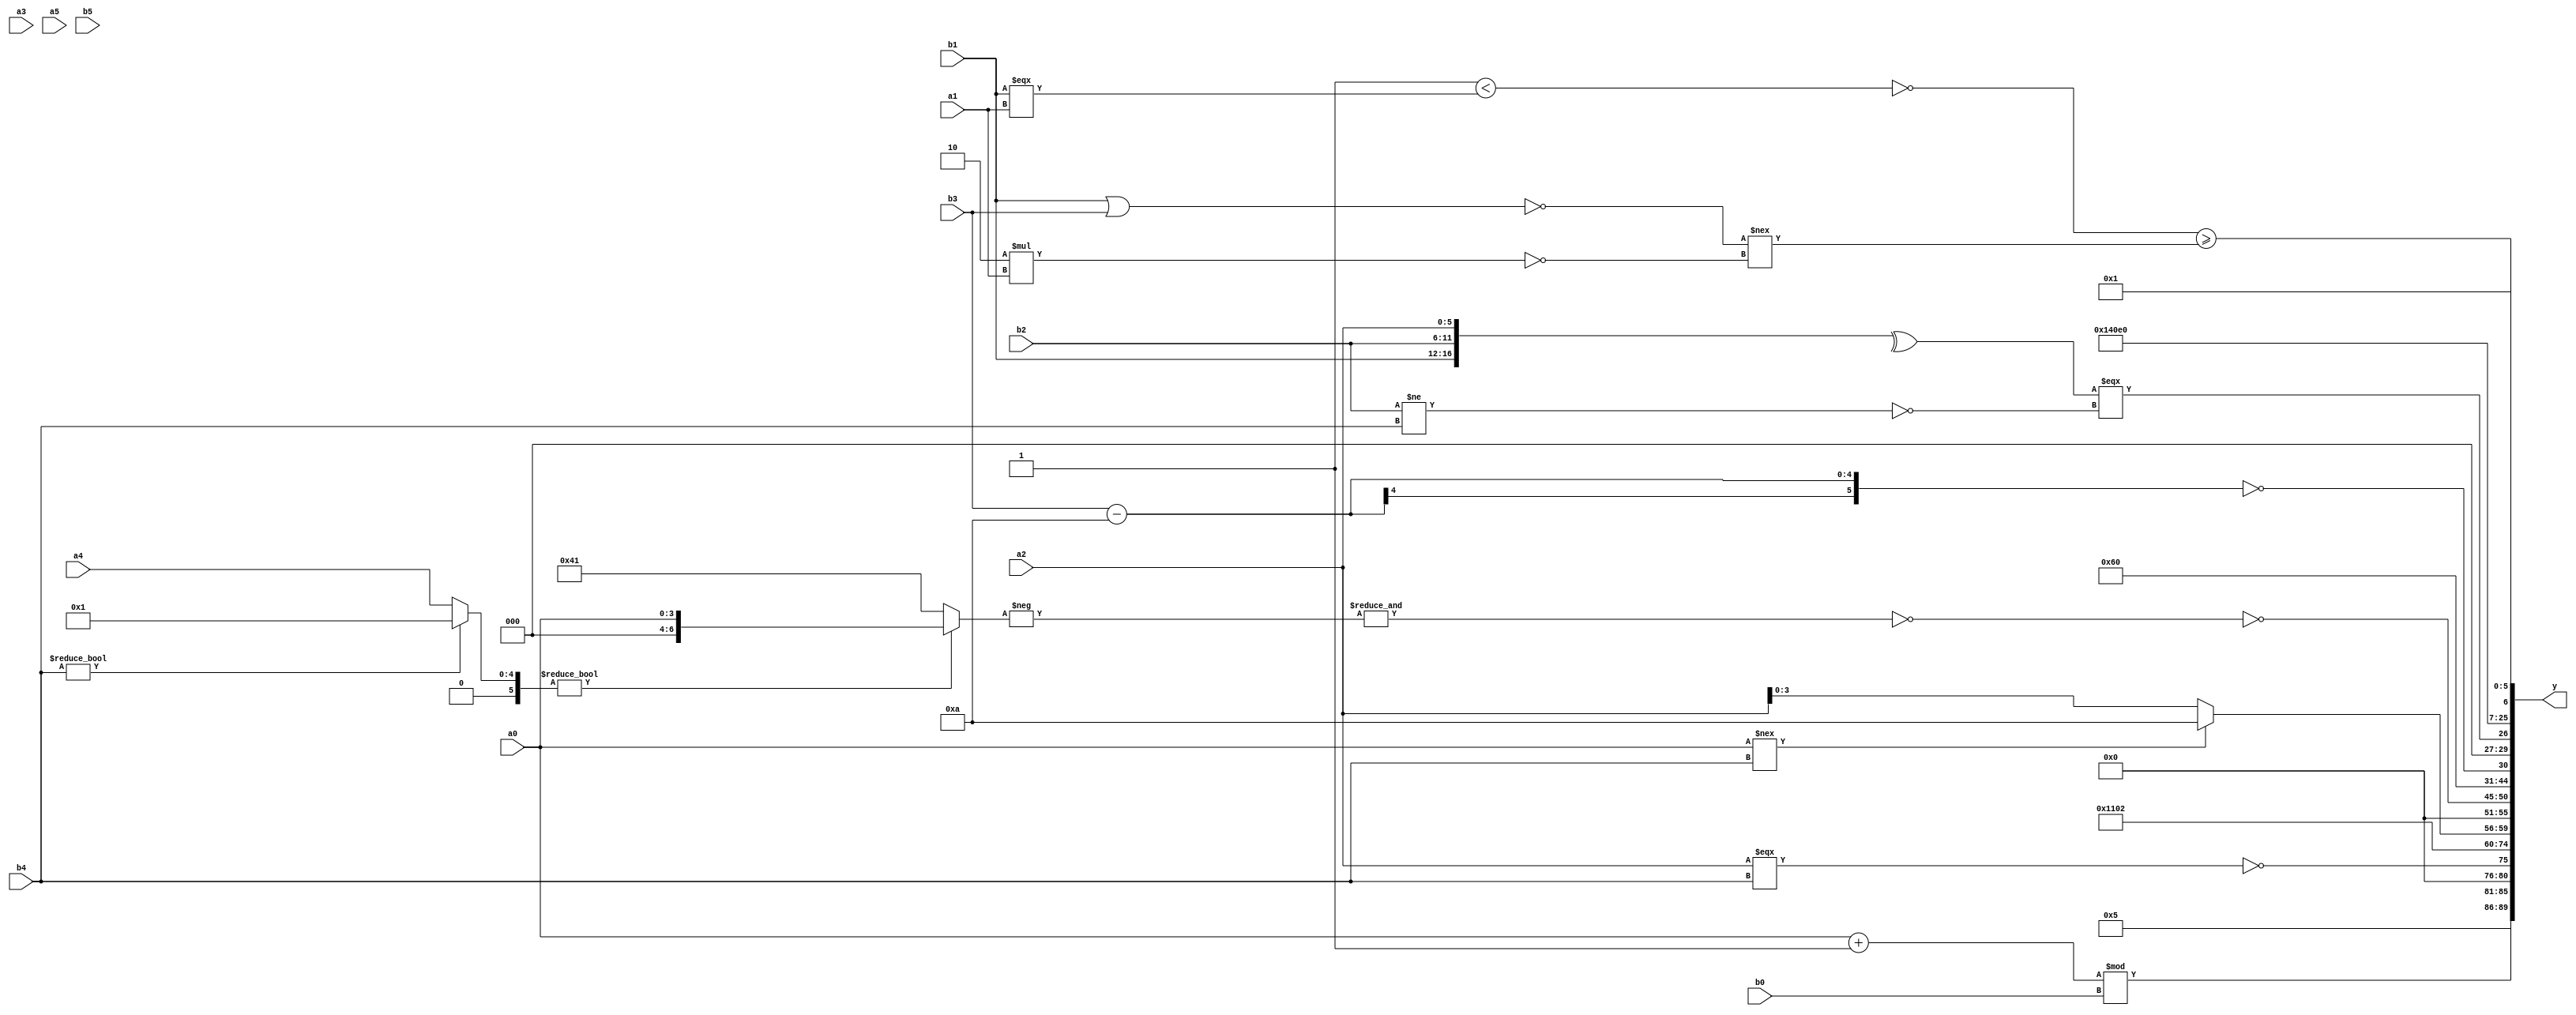
module expression_00374(a0, a1, a2, a3, a4, a5, b0, b1, b2, b3, b4, b5, y);
  input [3:0] a0;
  input [4:0] a1;
  input [5:0] a2;
  input signed [3:0] a3;
  input signed [4:0] a4;
  input signed [5:0] a5;

  input [3:0] b0;
  input [4:0] b1;
  input [5:0] b2;
  input signed [3:0] b3;
  input signed [4:0] b4;
  input signed [5:0] b5;

  wire [3:0] y0;
  wire [4:0] y1;
  wire [5:0] y2;
  wire signed [3:0] y3;
  wire signed [4:0] y4;
  wire signed [5:0] y5;
  wire [3:0] y6;
  wire [4:0] y7;
  wire [5:0] y8;
  wire signed [3:0] y9;
  wire signed [4:0] y10;
  wire signed [5:0] y11;
  wire [3:0] y12;
  wire [4:0] y13;
  wire [5:0] y14;
  wire signed [3:0] y15;
  wire signed [4:0] y16;
  wire signed [5:0] y17;

  output [89:0] y;
  assign y = {y0,y1,y2,y3,y4,y5,y6,y7,y8,y9,y10,y11,y12,y13,y14,y15,y16,y17};

  localparam [3:0] p0 = ((4'd4)?(~&((3'sd3)?(5'd31):(2'sd1))):(((3'd3)||(-4'sd1))?(5'd1):(^(2'd1))));
  localparam [4:0] p1 = (((3'sd1)>>(4'd2))/(2'd1));
  localparam [5:0] p2 = ((((3'd4)?(4'd12):(4'sd2))!=={((-5'sd13)<(3'sd1))})<(-2'sd1));
  localparam signed [3:0] p3 = ({3{(~(2'd3))}}<<<{((2'd0)?(3'd3):(4'd8)),(-(5'sd15))});
  localparam signed [4:0] p4 = (|{{({{(3'sd0)}}^~{(^(3'd3))}),(((-3'sd3)>(-2'sd0))&(&((4'd15)!==(2'd3))))}});
  localparam signed [5:0] p5 = {2{{3{((2'd2)!==(2'd3))}}}};
  localparam [3:0] p6 = (~^(((~^(5'd28))<((-3'sd3)?(4'd10):(2'd3)))>>>(((3'd4)!==(4'sd7))^((-4'sd5)&&(3'sd2)))));
  localparam [4:0] p7 = {1{{2{(~|({4{(-3'sd0)}}>>((4'sd0)?(2'd2):(5'd12))))}}}};
  localparam [5:0] p8 = (~^(((3'd3)-(3'd1))?(|((-2'sd0)^(5'd20))):((5'd12)||(2'sd1))));
  localparam signed [3:0] p9 = {{(4'sd4),(&{2{(5'd29)}}),(~&(4'd5))}};
  localparam signed [4:0] p10 = (-2'sd0);
  localparam signed [5:0] p11 = {3{{(2'd0),(3'sd2)}}};
  localparam [3:0] p12 = (((5'sd5)&(5'd6))?((5'sd1)===(-4'sd3)):((4'sd4)?(4'sd7):(2'sd1)));
  localparam [4:0] p13 = ((3'sd3)?(-4'sd7):(3'd1));
  localparam [5:0] p14 = (4'd2 * ((5'd5)<<<(4'd0)));
  localparam signed [3:0] p15 = (&((4'sd1)/(4'd13)));
  localparam signed [4:0] p16 = (~&{1{((~|(((3'sd0)?(-3'sd0):(-4'sd7))|(!(4'd8))))|(-((-3'sd3)?(-2'sd1):(4'd11))))}});
  localparam signed [5:0] p17 = (~|{4{((3'sd2)<(-2'sd0))}});

  assign y0 = $unsigned($signed($signed(($signed($signed((4'd5)))))));
  assign y1 = ((a0+p16)%b0);
  assign y2 = (~|(&(-($signed(((&p8)))?((b3>=b0)!=={b0,b4}):((a2===b4)&&(~^p3))))));
  assign y3 = $signed({4{$signed(p11)}});
  assign y4 = (4'd4);
  assign y5 = ((!(|p15))<<<(p5?p4:p15));
  assign y6 = ($unsigned((a0!==b4))?(({1{p14}})):{4{a2}});
  assign y7 = $signed({3{(({3{p8}}>>>$unsigned(p17)))}});
  assign y8 = (~(+(~&(-{{((b4?p2:a4)?(p13?a0:p6):{2{(p0?p14:p4)}})}}))));
  assign y9 = (^$unsigned(({(5'd2 * (-(p13-p12)))}>=(((~&(+p6))+{p13,p7,p17})))));
  assign y10 = (3'd3);
  assign y11 = (!(b3-p14));
  assign y12 = ((^{b1,b2,a2})===(!(b2!=b4)));
  assign y13 = (4'd5);
  assign y14 = {4{((4'd11)<(p16==p12))}};
  assign y15 = (~{4{{4{p16}}}});
  assign y16 = ((~(~|(!((~^p7)<(b1===a1)))))>=((!(b1|b3))!==(~(5'd2 * a1))));
  assign y17 = (p5^~p9);
endmodule